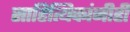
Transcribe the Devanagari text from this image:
साहित्यिकांनीही